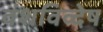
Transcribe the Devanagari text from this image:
वंशविव्देष